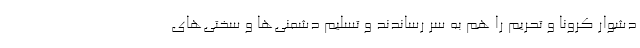
دشوار کرونا و تحریم را هم به سر رساندند و تسلیم دشمنی‌ها و سختی‌های